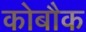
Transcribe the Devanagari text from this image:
कोबौक